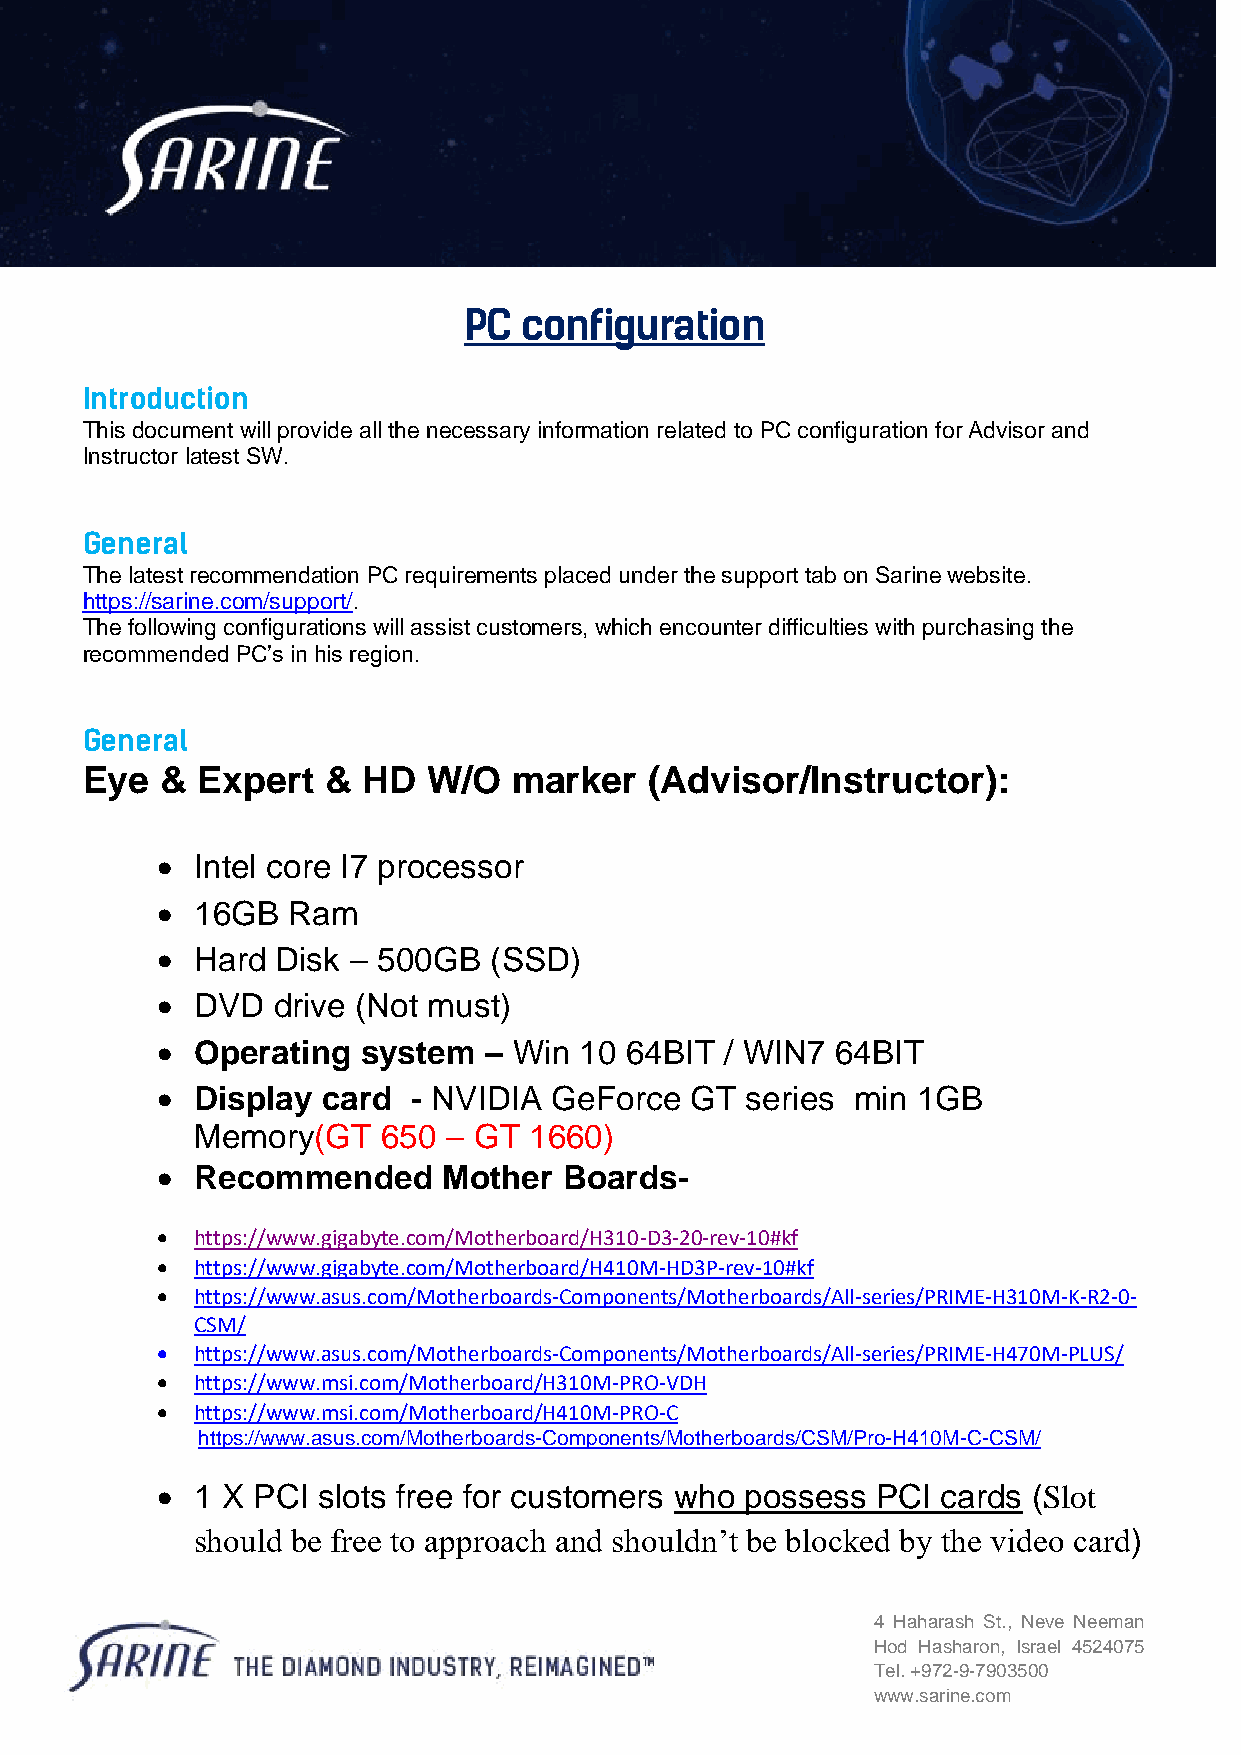
PC configuration
 Introduction
 This document will provide all the necessary information related to PC configuration for Advisor and
 Instructor latest SW.
 General
 The latest recommendation PC requirements placed under the support tab on Sarine website.
 https://sarine.com/support/.
 The following configurations will assist customers, which encounter difficulties with purchasing the
 recommended PC’s in his region.
 General
 Eye   & Expert  &  HD  W/O   marker   (Advisor/Instructor):
 •  Intel core I7 processor
 •  16GB  Ram
 •  Hard Disk – 500GB  (SSD)
 •  DVD  drive (Not must)
 •  Operating  system  – Win 10 64BIT  / WIN7 64BIT
 •  Display card  - NVIDIA  GeForce  GT series  min 1GB
 Memory(GT   650  – GT 1660)
 •  Recommended     Mother  Boards-
 •  https://www.gigabyte.com/Motherboard/H310-D3-20-rev-10#kf
 •  https://www.gigabyte.com/Motherboard/H410M-HD3P-rev-10#kf
 •  https://www.asus.com/Motherboards-Components/Motherboards/All-series/PRIME-H310M-K-R2-0-
 CSM/
 •  https://www.asus.com/Motherboards-Components/Motherboards/All-series/PRIME-H470M-PLUS/
 •  https://www.msi.com/Motherboard/H310M-PRO-VDH
 •  https://www.msi.com/Motherboard/H410M-PRO-C
 https://www.asus.com/Motherboards-Components/Motherboards/CSM/Pro-H410M-C-CSM/
 •  1 X PCI slots free for customers who possess PCI cards (Slot
 should be free to approach and shouldn’t be blocked by the video card)
 4 Haharash St., Neve Neeman
 Hod Hasharon, Israel 4524075
 Tel. +972-9-7903500
 www.sarine.com